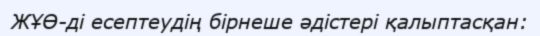
ЖҰӨ-ді есептеудің бірнеше әдістері қалыптасқан: